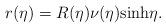
LaTeX: \begin{align*}r(\eta)=R(\eta)\nu(\eta)\textrm{sinh}\eta.\end{align*}